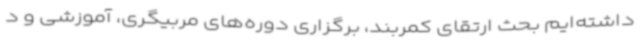
داشته‌ایم بحث ارتقای کمربند، برگزاری دوره‌های مربیگری، آموزشی و د